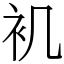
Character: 䘛